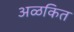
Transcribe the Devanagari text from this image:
अळकित